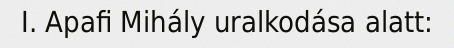
I. Apafi Mihály uralkodása alatt: